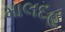
માલદહ